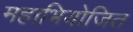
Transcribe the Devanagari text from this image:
महाभियोजित